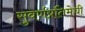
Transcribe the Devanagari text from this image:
सुवर्णप्रतिमेची